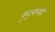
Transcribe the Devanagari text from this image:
कुटुंबांनाही